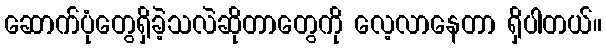
ဆောက်ပုံတွေရှိခဲ့သလဲဆိုတာတွေကို လေ့လာနေတာ ရှိပါတယ်။